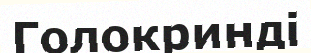
Голокринді